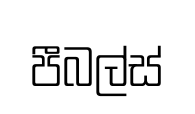
පීබල්ස්